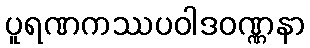
ပူရဏကဿပဝါဒဝဏ္ဏနာ